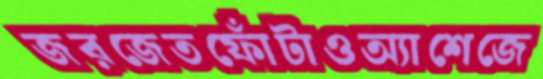
জরজেতফোঁটাওঅ্যাশেজে